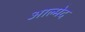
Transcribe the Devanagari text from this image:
आल्मेद